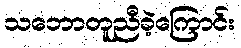
သဘောတူညီခဲ့ကြောင်း